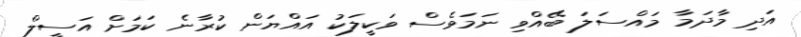
އަދި މާދަމާ މައްސަލަ ބޭއްވި ނަމަވެސް ވަކީލަކު އައްޔަން ކުރާނެ ކަމަށް އަސީލް